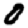
Digit: 0